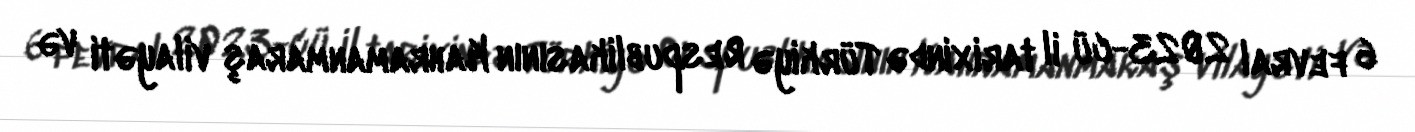
6 fevral 2023-cü il tarixində Türkiyə Respublikasının Kahramanmaraş vilayəti və